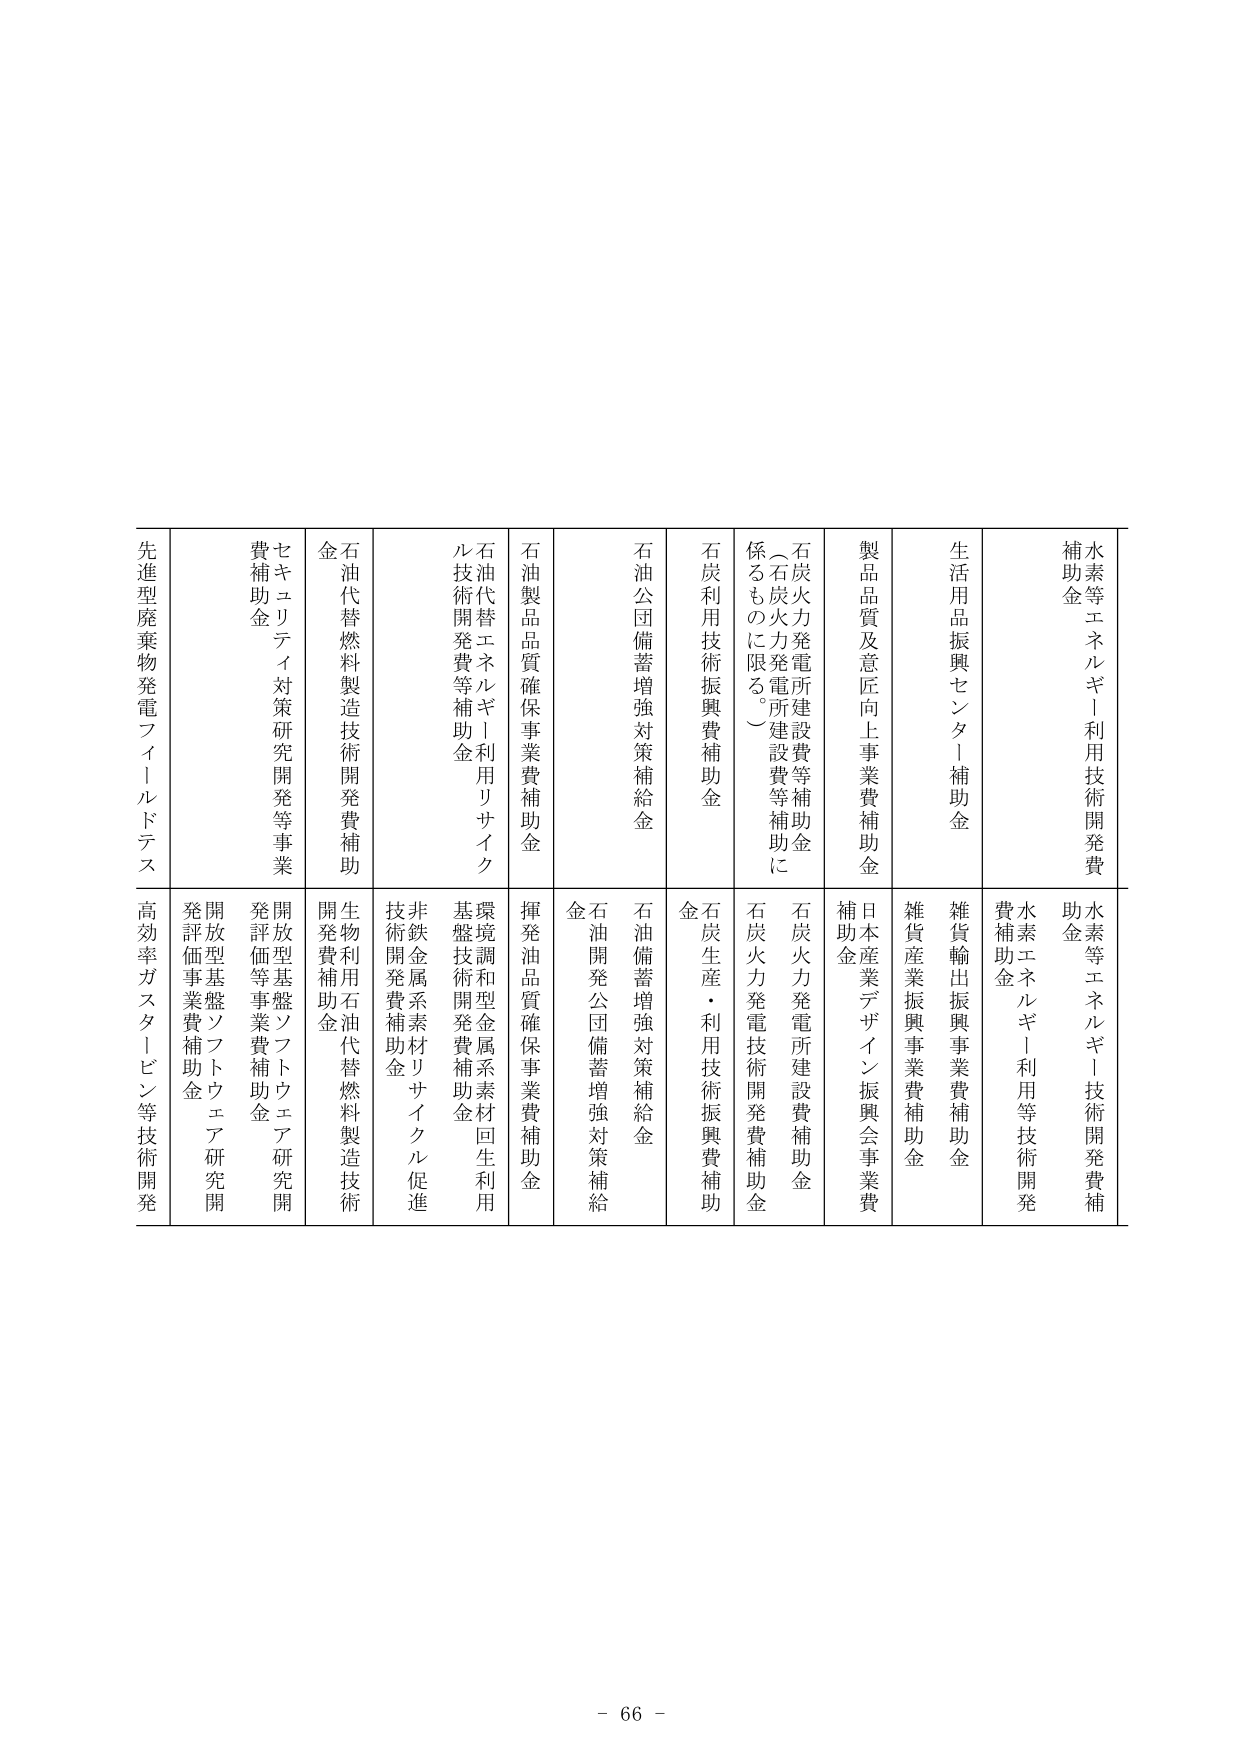
水素等エネルギー利用技術開発費補助金
水素等エネルギー技術開発補助金
水素エネルギー利用等技術開発費補助金

生活用品振興センター補助金
雑貨輸出振興事業費補助金
雑貨産業振興事業費補助金

製品質及意匠向上事業費補助金
日本産業デザイン振興会事業費補助金

石炭火力発電所建設費等補助金（石炭火力発電所建設費等補助に係るものに限る。）
石炭火力発電所建設費補助金
石炭火力発電技術開発費補助金

石炭利用技術振興費補助金
石炭生産・利用技術振興費補助金

石油公団備蓄増強対策補給金
石油備蓄増強対策補給金
石油開発公団備蓄増強対策補給金

石油製品品質確保事業費補助金
揮発油品質確保事業費補助金

石油代替エネルギー利用リサイクル技術開発費等補助金
環境調和型金属系素材回生利用基盤技術開発費補助金
非鉄金属系素材リサイクル促進技術開発費補助金

石油代替燃料製造技術開発費補助金
生物利用石油代替燃料製造技術開発費補助金

セキュリティ対策研究開発等事業費補助金
開放型基盤ソフトウェア研究開発評価等事業費補助金
開放型基盤ソフトウェア研究開発評価事業費補助金

先進型廃棄物発電フィールドテス
高効率ガスタービン等技術開発

- 66 -